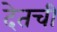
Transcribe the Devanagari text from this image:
देतची